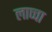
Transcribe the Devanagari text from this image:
लाप्चा